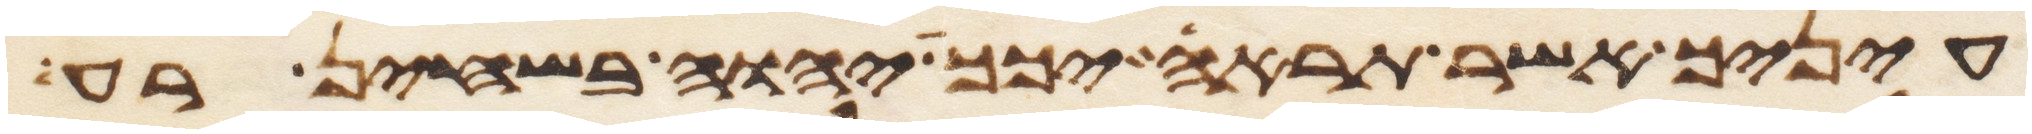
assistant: עיניך אשר תראה יכך יהוה בשחין רע